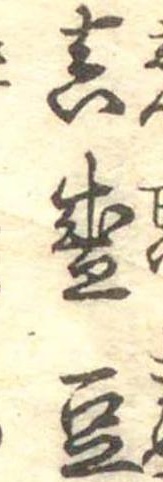
真盛豆